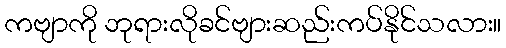
ကဗျာကို ဘုရားလိုခင်ဗျားဆည်းကပ်နိုင်သလား။